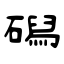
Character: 磶